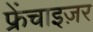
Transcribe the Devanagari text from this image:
फ्रेंचाइज़र